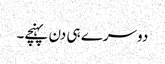
دوسرے ہی دن پہنچے۔